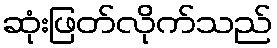
ဆုံးဖြတ်လိုက်သည်